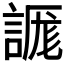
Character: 𰴾